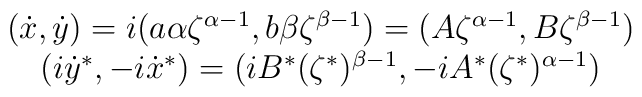
\begin{array}{c}(\dot{x},\dot{y})=i(a\alpha\zeta^{\alpha-1},b\beta\zeta^{\beta-1})= (A\zeta^{\alpha-1},B\zeta^{\beta-1})\\(i\dot{y}^*,-i\dot{x}^*)=(iB^*(\zeta^*)^{\beta-1},-iA^*(\zeta^*)^{\alpha-1})\end{array}